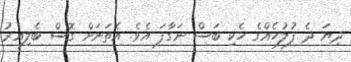
ދިޔަ ދެ ފުލުހެއްގެ ހެކި ބަސް ނަގާފަ އެވެ. އެތަނަށް ގޮސް ބެލިއިރު